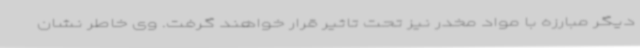
دیگر مبارزه با مواد مخدر نیز تحت تاثیر قرار خواهند گرفت. وی خاطر نشان